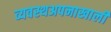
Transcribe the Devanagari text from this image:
व्यवस्थअपनाखाली